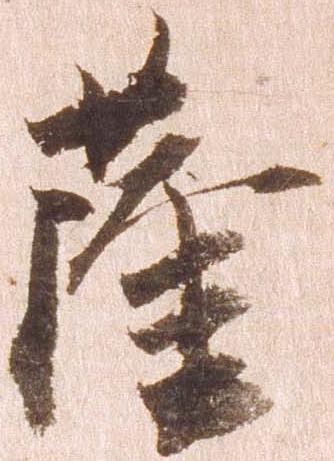
薩